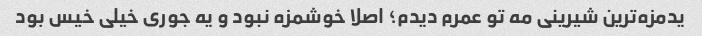
یدمزه‌ترین شیرینی مه تو عمرم دیدم؛ اصلا خوشمزه نبود و یه جوری خیلی خیس بود